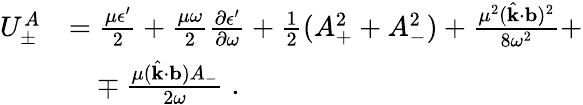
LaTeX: \begin{array}{rl}{U_{\pm}^{A}}&{=\frac{\mu\epsilon^{\prime}}{2}+\frac{\mu\omega}{2}\frac{\partial\epsilon^{\prime}}{\partial\omega}+\frac{1}{2}(A_{+}^{2}+A_{-}^{2})+\frac{\mu^{2}(\hat{\mathbf{k}}\cdot{\mathbf{b}})^{2}}{8\omega^{2}}+}\\ &{\phantom{=}\mp\frac{\mu(\hat{\mathbf{k}}\cdot{\mathbf{b}})A_{-}}{2\omega}\; .}\end{array}